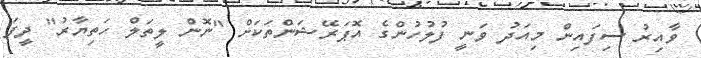
ވާއިރު ސިފައިން މިއަދު ވަނީ ފުލުހުންގެ އޮޕަރޭޝަންތަކަށް "ނޮން ލީތަލް ހަތިޔާރު" ދީފަ